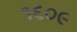
૧૬૦૯